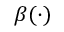
\beta ( \cdot )